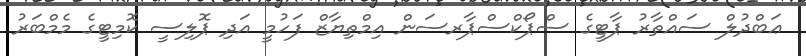
ޢަބްދުލް ސައްތާރު ޕާޓީގެ ސްޕޯކްސްޕާރސަން އިމްތިޔާޒް ފަހުމީ އަދި ޕޮލިސީ ކޮމިޓީގެ މެމްބަރު